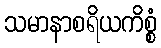
သမာနာစရိယကိစ္စံ